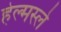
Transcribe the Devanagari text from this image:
हेल्मस्ले